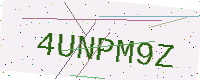
Text: 4UNPM9Z